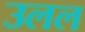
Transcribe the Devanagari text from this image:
उलल